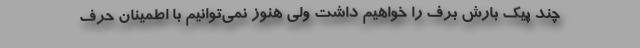
چند پیک بارش برف را خواهیم داشت ولی هنوز نمی‌توانیم با اطمینان حرف